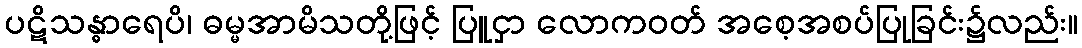
ပဋိသန္ဓာရေပိ၊ ဓမ္မအာမိသတို့ဖြင့် ပြူငှာ လောကဝတ် အစေ့အစပ်ပြုခြင်း၌လည်း။